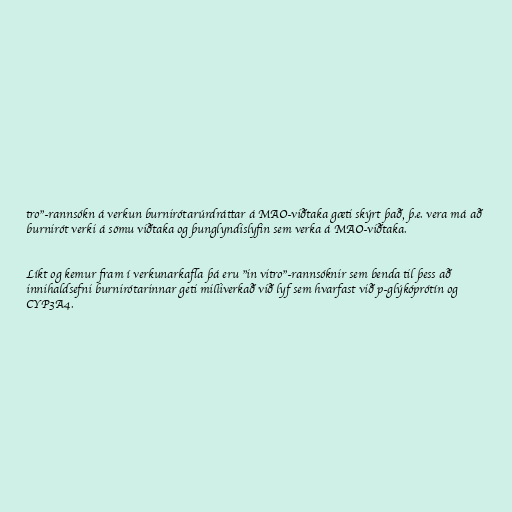
tro"-rannsókn á verkun burnirótarúrdráttar á MAO-viðtaka gæti skýrt það, þ.e. vera má að
burnirót verki á sömu viðtaka og þunglyndislyfin sem verka á MAO-viðtaka.

Líkt og kemur fram í verkunarkafla þá eru "in vitro"-rannsóknir sem benda til þess að
innihaldsefni burnirótarinnar geti milliverkað við lyf sem hvarfast við p-glýkóprótín og
CYP3A4.